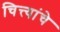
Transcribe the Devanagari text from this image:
चित्त्यांचे